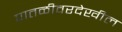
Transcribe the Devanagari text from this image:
पातळीवरदेखील